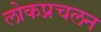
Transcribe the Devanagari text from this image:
लोकप्रचलन